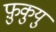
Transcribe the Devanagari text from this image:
फ़ुकुयु